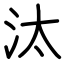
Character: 汰